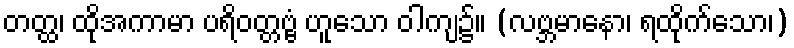
တတ္ထ၊ ထိုအကာမာ ပရိဝတ္တဗ္ဗံ ဟူသော ဝါကျ၌။ (လဗ္ဘမာနော၊ ရထိုက်သော၊)